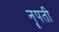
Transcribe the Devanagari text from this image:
नॄपती